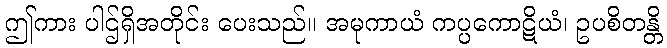
ဤကား ပါဌ်ရှိအတိုင်း ပေးသည်။ အမုကာယံ ကပ္ပကောဋိယံ၊ ဥပစိတန္တိ